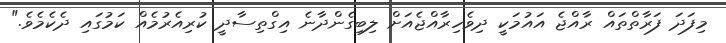
މިފަދަ ފަރާތްތައް ރާއްޖެ އައުމަކީ ދިވެހިރާއްޖެއަށް ލިބިގެންދާނެ އިގްތިސާދީ ކުރިއެރުމެއް ކަމުގައި ދެކެމެވެ."